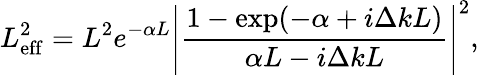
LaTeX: L_{\mathrm{eff}}^{2}=L^{2}e^{-\alpha L}\left|\frac{1-\exp(-\alpha+i\Delta kL)}{\alpha L-i\Delta kL}\right|^{2},